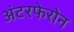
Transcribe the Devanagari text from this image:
अंटरफेरोन